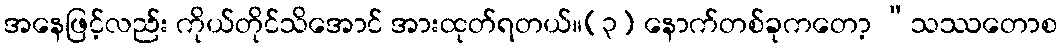
အနေဖြင့်လည်း ကိုယ်တိုင်သိအောင် အားထုတ်ရတယ်။(၃) နောက်တစ်ခုကတော့ “သဿတောစ